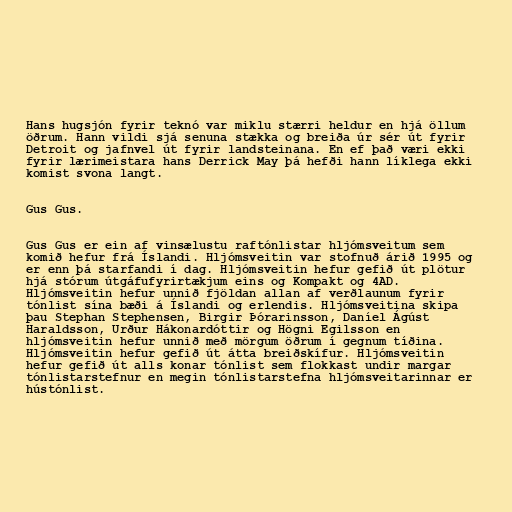
Hans hugsjón fyrir teknó var miklu stærri heldur en hjá öllum
öðrum. Hann vildi sjá senuna stækka og breiða úr sér út fyrir
Detroit og jafnvel út fyrir landsteinana. En ef það væri ekki
fyrir lærimeistara hans Derrick May þá hefði hann líklega ekki
komist svona langt.

Gus Gus.

Gus Gus er ein af vinsælustu raftónlistar hljómsveitum sem
komið hefur frá Íslandi. Hljómsveitin var stofnuð árið 1995 og
er enn þá starfandi í dag. Hljómsveitin hefur gefið út plötur
hjá stórum útgáfufyrirtækjum eins og Kompakt og 4AD.
Hljómsveitin hefur unnið fjöldan allan af verðlaunum fyrir
tónlist sína bæði á Íslandi og erlendis. Hljómsveitina skipa
þau Stephan Stephensen, Birgir Þórarinsson, Daníel Ágúst
Haraldsson, Urður Hákonardóttir og Högni Egilsson en
hljómsveitin hefur unnið með mörgum öðrum í gegnum tíðina.
Hljómsveitin hefur gefið út átta breiðskífur. Hljómsveitin
hefur gefið út alls konar tónlist sem flokkast undir margar
tónlistarstefnur en megin tónlistarstefna hljómsveitarinnar er
hústónlist.